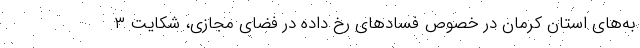
به‌های استان کرمان در خصوص فسادهای رخ داده در فضای مجازی، شکایت ۳